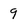
Character: 9